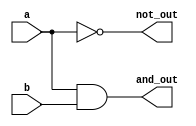
module combinational_logic (
    input wire a,       // First input
    input wire b,       // Second input
    output reg and_out, // Output for AND operation
    output reg not_out   // Output for NOT operation
);

// Combinational logic using an always block
always @ (a or b) begin
    and_out = a & b;   // AND operation
    not_out = ~a;      // NOT operation on input 'a'
end

endmodule